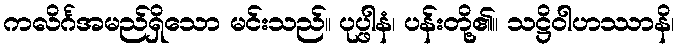
ကလိင်္ဂအမည်ရှိသော မင်းသည်။ ပုပ္ဖါနံ၊ ပန်းတို့၏။ သဋ္ဌိဝါဟဿာနိ၊